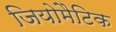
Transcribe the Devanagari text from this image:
जियोमैटिक